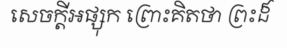
សេចក្តីអផ្សុក ព្រោះគិតថា ព្រះដ៏